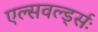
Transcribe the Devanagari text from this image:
एल्सवर्ल्ड्सः